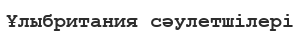
Ұлыбритания сәулетшілері